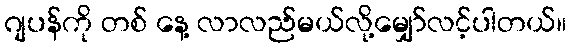
ဂျပန်ကို တစ် နေ့ လာလည်မယ်လို့မျှော်လင့်ပါတယ်။